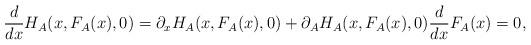
LaTeX: \begin{align*} \frac{d}{dx}H_A(x,F_A(x),0)= \partial_xH_A(x,F_A(x),0)+\partial_AH_A(x,F_A(x),0)\frac{d}{dx}F_A(x)=0,\end{align*}